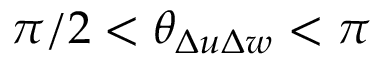
\pi / 2 < \theta _ { \Delta u \Delta w } < \pi